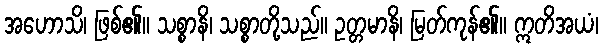
အဟောသိ၊ ဖြစ်၏။ သစ္စာနိ၊ သစ္စာတို့သည်။ ဥတ္တမာနိ၊ မြတ်ကုန်၏။ ဣတိအယံ၊